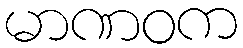
မာဏဝက